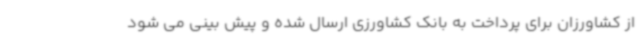
از کشاورزان برای پرداخت به بانک کشاورزی ارسال شده و پیش بینی می شود